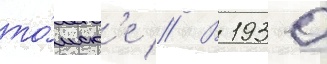
то́мск'е // В 1930